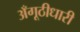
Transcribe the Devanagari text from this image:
अँगूठीधारी